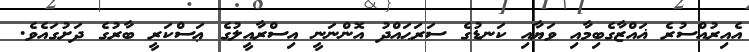
އެއިރުއްސުރެ ޣައްޒާގެބިމާއި ވަޔާއި ކަނޑުގެ ސަރަޙައްދު އޮންނަނީ އިސްރާއީލުގެ ޢަސްކަރީ ބާރުގެ ދަށުގައެވެ.